画像に写った文字を読んでください
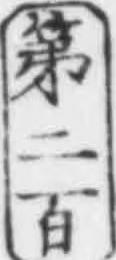
「第二百」と書いてあります